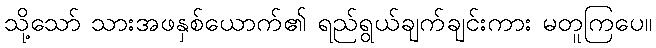
သို့သော် သားအဖနှစ်ယောက်၏ ရည်ရွယ်ချက်ချင်းကား မတူကြပေ။